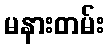
မနားတမ်း